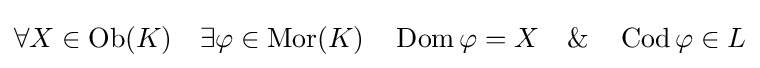
\forall X\in \operatorname {Ob} (K)\quad \exists \varphi \in \operatorname {Mor} (K)\quad \operatorname {Dom} \varphi =X\quad \&\quad \operatorname {Cod} \varphi \in L